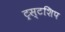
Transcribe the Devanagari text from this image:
ट्रस्टशिप